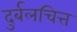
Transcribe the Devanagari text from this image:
दुर्बलचित्त